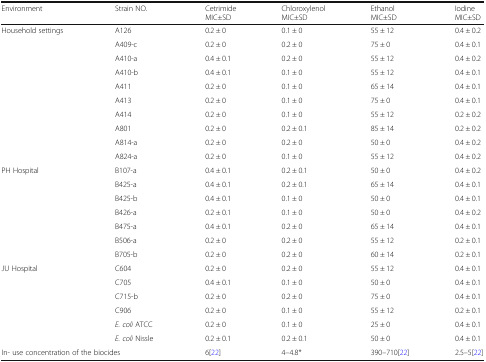
<table><thead><tr><td><b>Environment</b></td><td><b>Strain NO.</b></td><td><b>CetrimideMIC±SD</b></td><td><b>ChloroxylenolMIC±SD</b></td><td><b>EthanolMIC±SD</b></td><td><b>IodineMIC±SD</b></td></tr></thead><tbody><tr><td rowspan="10">Household settings</td><td>A126</td><td>0.2 ± 0</td><td>0.1 ± 0</td><td>55 ± 12</td><td>0.4 ± 0.2</td></tr><tr><td>A409-c</td><td>0.2 ± 0</td><td>0.2 ± 0</td><td>75 ± 0</td><td>0.4 ± 0.1</td></tr><tr><td>A410-a</td><td>0.4 ± 0.1</td><td>0.2 ± 0</td><td>55 ± 12</td><td>0.4 ± 0.2</td></tr><tr><td>A410-b</td><td>0.4 ± 0.1</td><td>0.1 ± 0</td><td>55 ± 12</td><td>0.4 ± 0.1</td></tr><tr><td>A411</td><td>0.2 ± 0</td><td>0.1 ± 0</td><td>65 ± 14</td><td>0.4 ± 0.1</td></tr><tr><td>A413</td><td>0.2 ± 0</td><td>0.1 ± 0</td><td>75 ± 0</td><td>0.4 ± 0.1</td></tr><tr><td>A414</td><td>0.2 ± 0</td><td>0.1 ± 0</td><td>55 ± 12</td><td>0.2 ± 0.2</td></tr><tr><td>A801</td><td>0.2 ± 0</td><td>0.2 ± 0.1</td><td>85 ± 14</td><td>0.2 ± 0.2</td></tr><tr><td>A814-a</td><td>0.2 ± 0</td><td>0.2 ± 0</td><td>50 ± 0</td><td>0.4 ± 0.2</td></tr><tr><td>A824-a</td><td>0.2 ± 0</td><td>0.1 ± 0</td><td>55 ± 12</td><td>0.4 ± 0.2</td></tr><tr><td rowspan="7">PH Hospital</td><td>B107-a</td><td>0.4 ± 0.1</td><td>0.2 ± 0.1</td><td>50 ± 0</td><td>0.4 ± 0.2</td></tr><tr><td>B425-a</td><td>0.4 ± 0.1</td><td>0.2 ± 0.1</td><td>65 ± 14</td><td>0.4 ± 0.1</td></tr><tr><td>B425-b</td><td>0.4 ± 0.1</td><td>0.1 ± 0</td><td>50 ± 0</td><td>0.4 ± 0.1</td></tr><tr><td>B426-a</td><td>0.2 ± 0.1</td><td>0.1 ± 0</td><td>50 ± 0</td><td>0.4 ± 0.2</td></tr><tr><td>B475-a</td><td>0.4 ± 0.1</td><td>0.2 ± 0</td><td>65 ± 14</td><td>0.4 ± 0.1</td></tr><tr><td>B506-a</td><td>0.2 ± 0</td><td>0.2 ± 0</td><td>55 ± 12</td><td>0.2 ± 0.1</td></tr><tr><td>B705-b</td><td>0.2 ± 0</td><td>0.2 ± 0</td><td>60 ± 14</td><td>0.2 ± 0.1</td></tr><tr><td rowspan="4">JU Hospital</td><td>C604</td><td>0.2 ± 0</td><td>0.2 ± 0</td><td>55 ± 12</td><td>0.4 ± 0.1</td></tr><tr><td>C705</td><td>0.4 ± 0.1</td><td>0.1 ± 0</td><td>50 ± 0</td><td>0.4 ± 0.1</td></tr><tr><td>C715-b</td><td>0.2 ± 0</td><td>0.2 ± 0</td><td>75 ± 0</td><td>0.4 ± 0.1</td></tr><tr><td>C906</td><td>0.2 ± 0</td><td>0.1 ± 0</td><td>55 ± 12</td><td>0.2 ± 0.1</td></tr><tr><td></td><td><i>E. coli</i> ATCC</td><td>0.2 ± 0</td><td>0.1 ± 0</td><td>25 ± 0</td><td>0.4 ± 0.1</td></tr><tr><td></td><td><i>E. coli</i> Nissle</td><td>0.2 ± 0.1</td><td>0.2 ± 0.1</td><td>50 ± 0</td><td>0.4 ± 0.1</td></tr><tr><td colspan="2">In- use concentration of the biocides</td><td>6[22]</td><td>4–4.8*</td><td>390–710[22]</td><td>2.5–5[22]</td></tr></tbody></table>